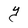
Character: Y